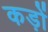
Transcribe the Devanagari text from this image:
कड़ों